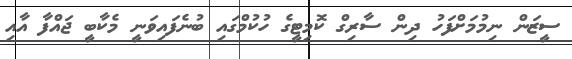
ސީޒަން ނިމުމަށްފަހު ދިން ސާރިގް ކޮމިޓީގެ ހުކުމްގައި ބުނެފައިވަނީ މެކާބީ ޖައްފާ އާއި